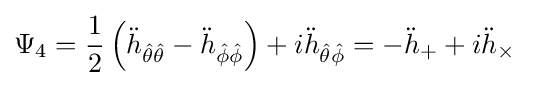
\Psi _{4}={\frac {1}{2}}\left({\ddot {h}}_{{\hat {\theta }}{\hat {\theta }}}-{\ddot {h}}_{{\hat {\phi }}{\hat {\phi }}}\right)+i{\ddot {h}}_{{\hat {\theta }}{\hat {\phi }}}=-{\ddot {h}}_{+}+i{\ddot {h}}_{\times }\